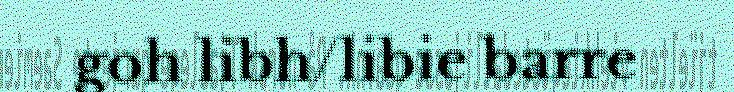
goh libh/libie barre